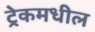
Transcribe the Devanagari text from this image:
ट्रेकमधील